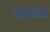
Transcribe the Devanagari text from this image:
वागावा